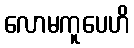
လောမကူပေဟိ